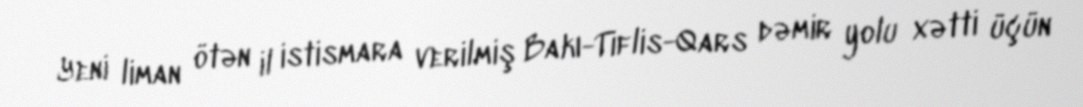
Yeni liman ötən il istismara verilmiş Bakı-Tiflis-Qars dəmir yolu xətti üçün